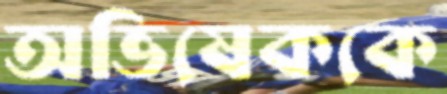
অভিষেককে